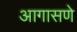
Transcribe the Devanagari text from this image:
आगासणे